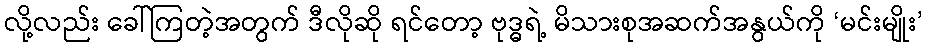
လို့လည်း ခေါ်ကြတဲ့အတွက် ဒီလိုဆို ရင်တော့ ဗုဒ္ဓရဲ့ မိသားစုအဆက်အနွယ်ကို ‘မင်းမျိုး’